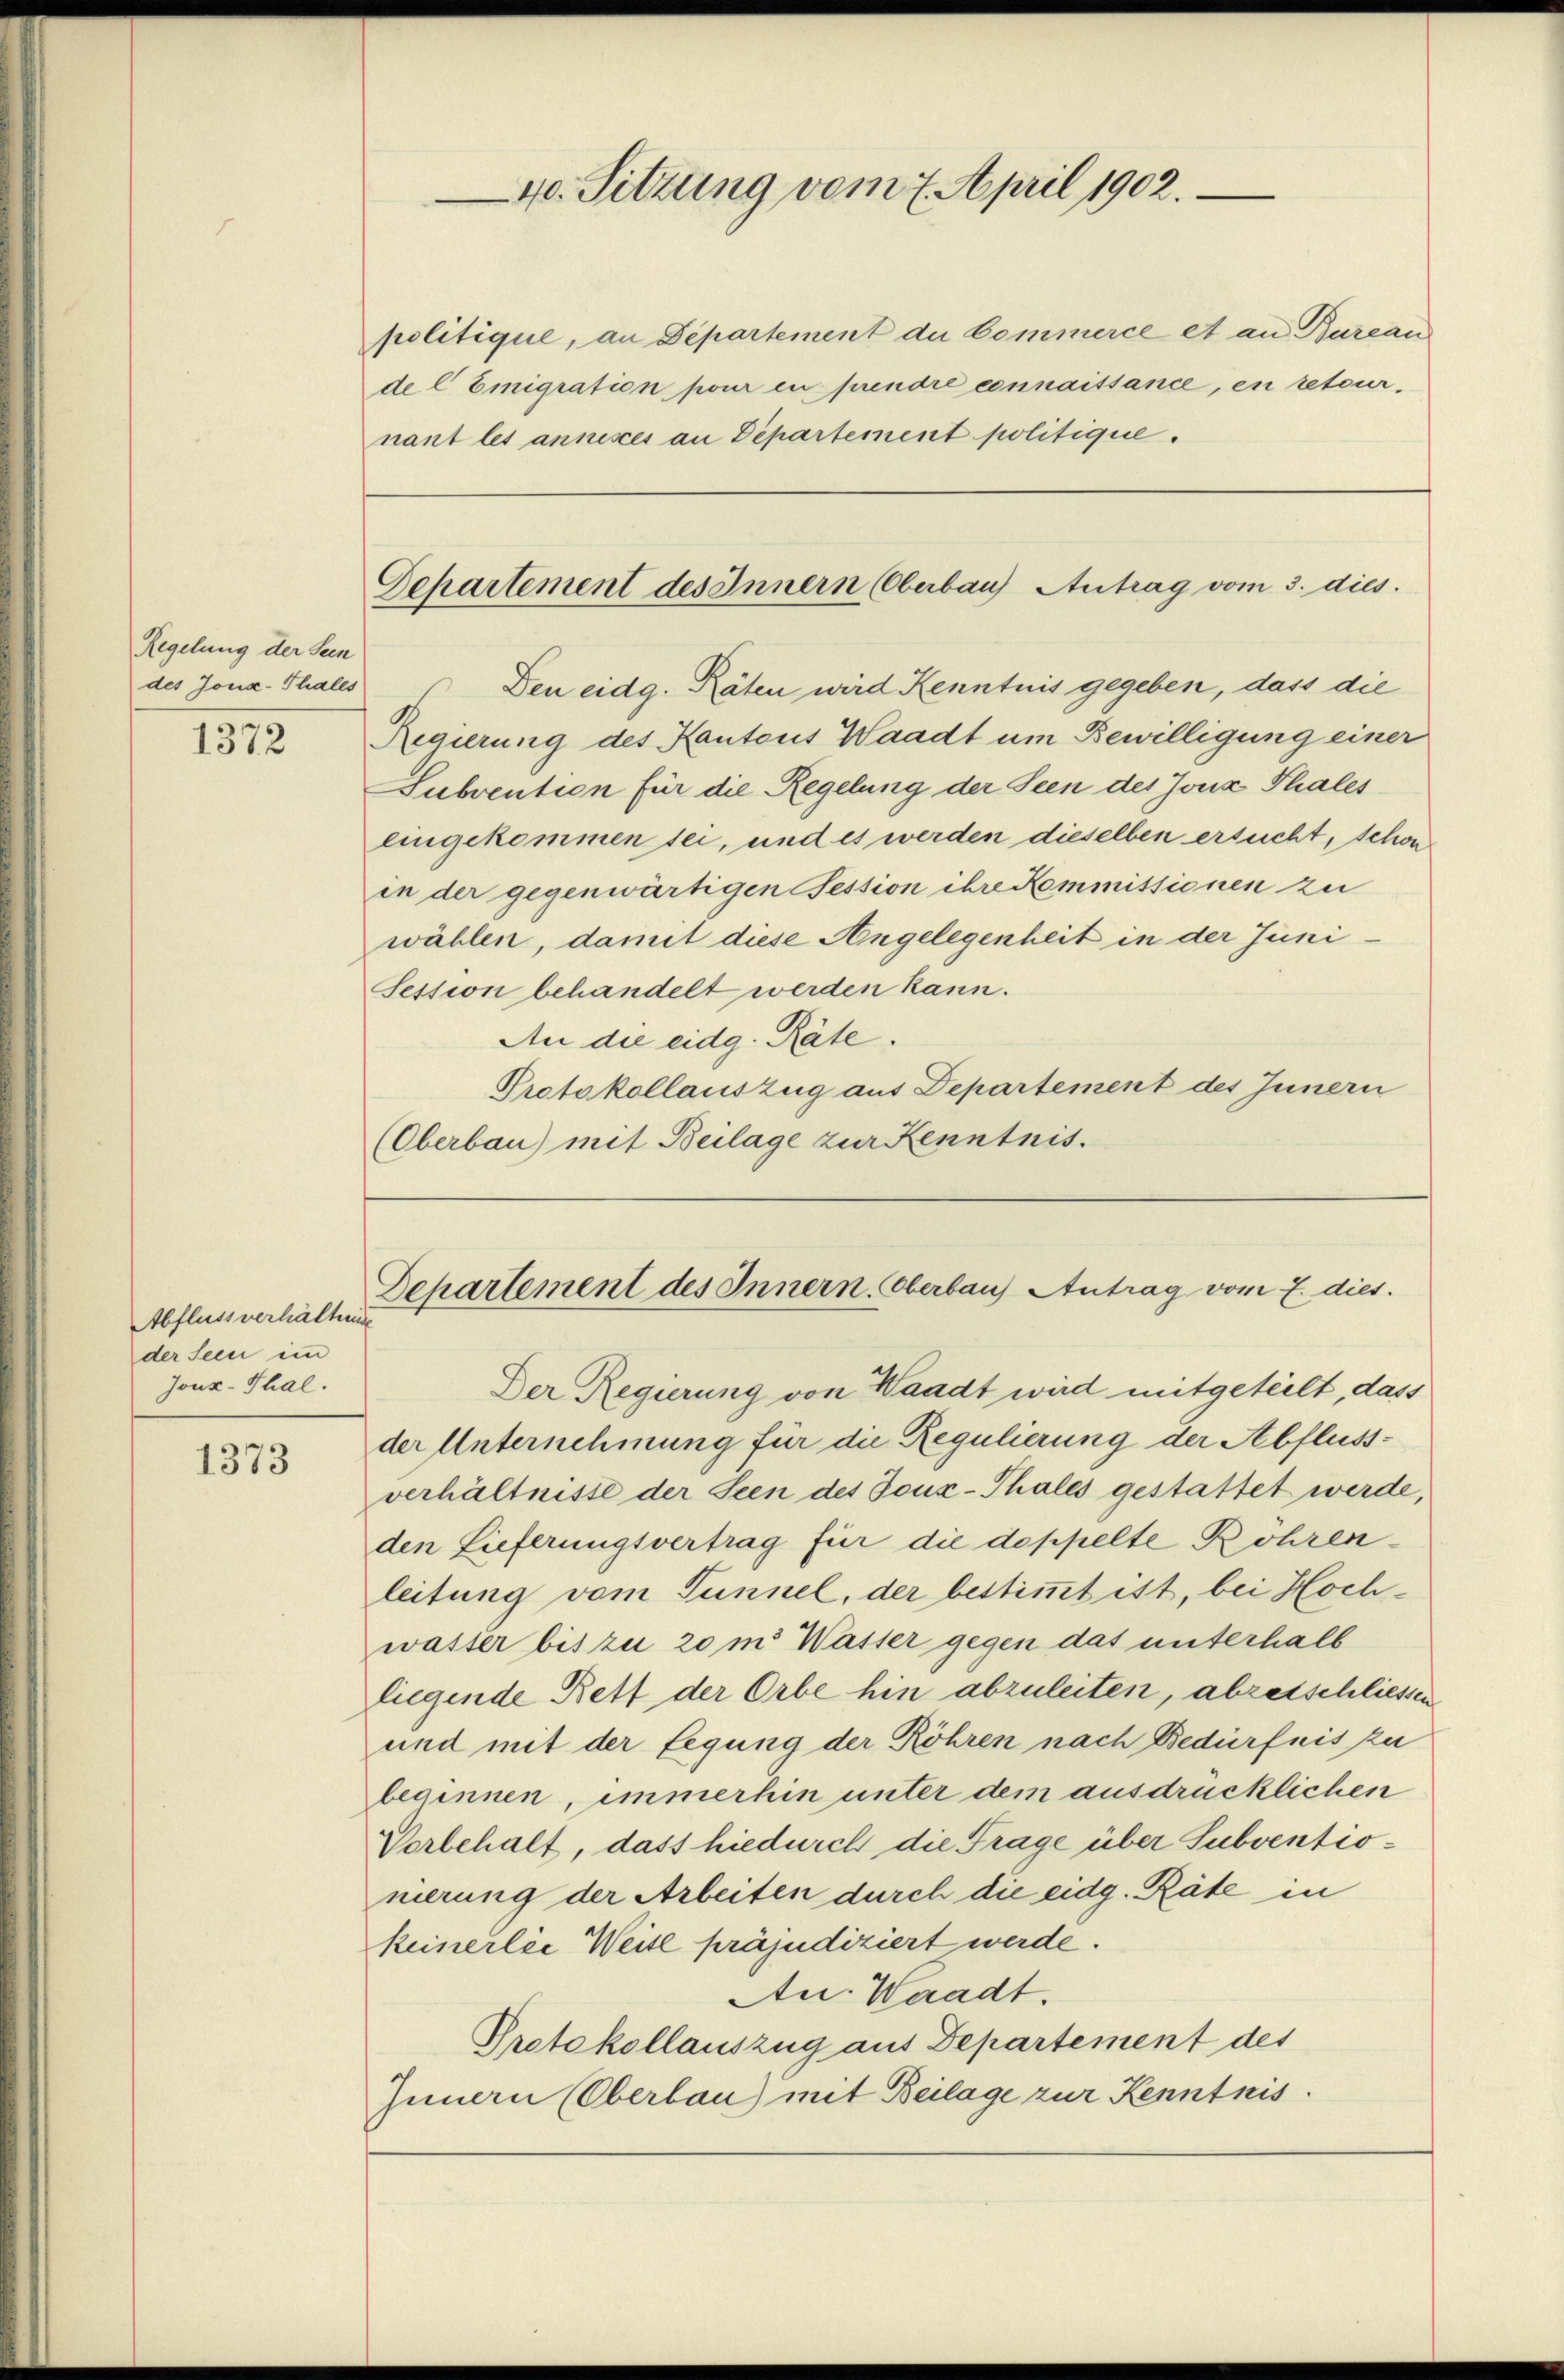
Regelung der Sein
des Joux-Thales

1372

Abfluss verhältnis
der Seen im
Joux-Thal.

1373

politique, an Departement du kommerce et an Bureau
de C Emigration pour en prendre connaissance, en retour-
nant les annisces an Departement politique.

40. Sitzung vom 7. April 1902.

Den eidg. Räten wird Kenntnis gegeben, dass die
Regierung des Kantons Waadt um Bewilligung einer
Subvention für die Regelung der Seen des Jonz Thales
eingekommen sei, und es werden dieselben ersucht, schon
in der gegenwärtigen ession ihre Kommissionen zu
wählen, damit diese Angelegenheit in der Juni¬
Session behandelt werden kann.
An die eidg. Räte.
Protokollauszug aus Departement des Innern
(Oberbau) mit Beilage zur Kenntnis.

Der Regierung von Waadt wird mitgeteilt, dass
der Unternehmung für die Regulierung der Abflussverhältnisse der Seen des Joux-Thales gestattet werde,
den Lieferungsvertrag für die doppelte Rohrenleitung vom Tunnel, der bestimmt ist, bei Hochwaster bis zu 20 m Wasser gegen das unterhalb
liegende Rett der Orbe hin abzuleiten, abzetschliessen
und mit der Legung der Röhren nach Bedürfnis zu
beginnen, immerhin unter dem ausdrücklichen
Vorbehalt, dass hiedurch die Frage über Subventionierung der Arbeiten durch die eidg. Räte in
keinerlie Weite präjudiziert werde.
Au. Waadt.
Protokollauszug aus Departement des
Innern (Oberbau) mit Beilage zur Kenntnis

Departement des Innern (Oberbau Antrag vom 3. dies

Departement des Innern, Oberbaus Antrag vom 7. dies.